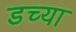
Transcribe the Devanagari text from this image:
डच्या